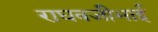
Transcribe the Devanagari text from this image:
राघवजीभाई